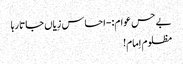
بے حس عوام:-احساس زِیاں جاتا رہا
مظلوم اِمام!